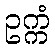
ဥက္ကံ